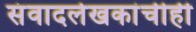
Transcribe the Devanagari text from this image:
संवादलेखकांचीही